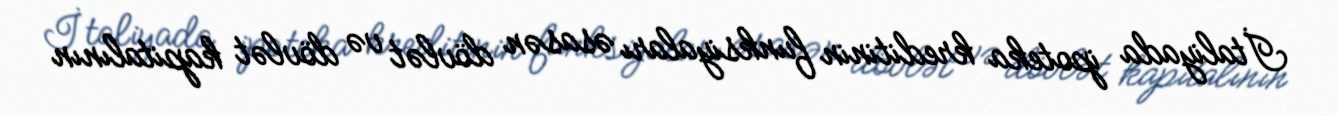
İtaliyada ipoteka kreditinin funksiyaları əsasən dövlət və dövlət kapitalının